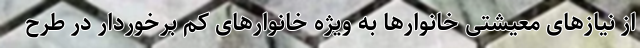
از نیاز‌های معیشتی خانوار‌ها به ویژه خانوار‌های کم برخوردار در طرح